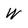
Character: W